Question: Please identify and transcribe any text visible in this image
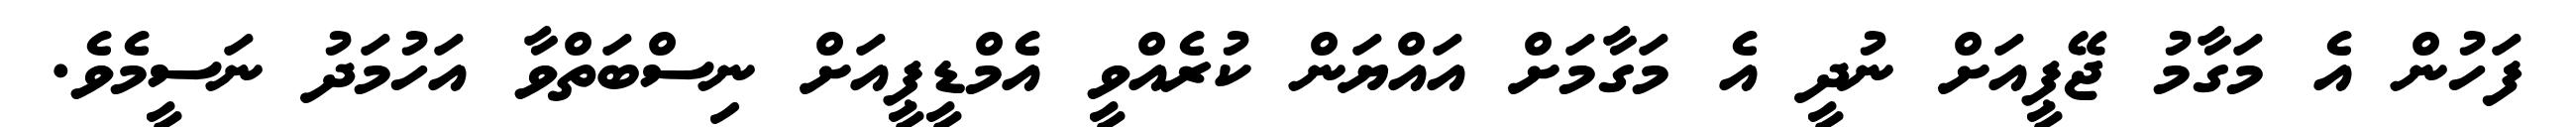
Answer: ފަހުން އެ މަގާމު ޖޭޕީއަށް ނުދީ އެ މަގާމަށް އައްޔަން ކުރެއްވީ އެމްޑީޕީއަށް ނިސްބަތްވާ އަހުމަދު ނަސީމެވެ.